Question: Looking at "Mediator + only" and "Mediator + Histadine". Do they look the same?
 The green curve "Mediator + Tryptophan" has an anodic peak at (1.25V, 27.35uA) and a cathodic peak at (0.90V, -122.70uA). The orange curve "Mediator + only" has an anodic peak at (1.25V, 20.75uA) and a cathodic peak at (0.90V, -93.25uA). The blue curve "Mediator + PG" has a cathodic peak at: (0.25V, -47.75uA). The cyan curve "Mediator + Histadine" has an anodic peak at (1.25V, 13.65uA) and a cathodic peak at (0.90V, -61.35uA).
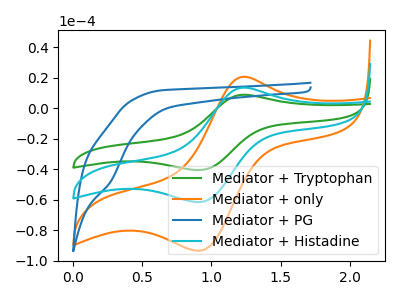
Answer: <think>All the peaks in "Mediator + only" have a peak in "Mediator + Histadine" at the same potential. Every peak in "Mediator + only" is higher than every peak in "Mediator + Histadine".
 </think>
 <answer>"Mediator + only" and "Mediator + Histadine" are similar in shape.</answer>
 <eval>same_shape</eval>